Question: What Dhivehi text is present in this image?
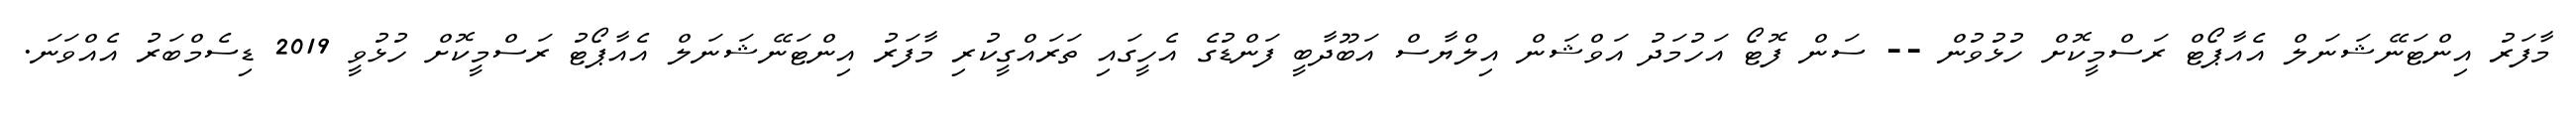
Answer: މާފަރު އިންޓަނޭޝަނަލް އެއާޕޯޓް ރަސްމީކޮށް ހުޅުވުން -- ސަން ފޮޓޯ އަހުމަދު އަވްޝަން އިލްޔާސް އަބޫދާބީ ފަންޑުގެ އެހީގައި ތަރައްގީކުރި މާފަރު އިންޓަނޭޝަނަލް އެއާޕޯޓު ރަސްމީކޮށް ހުޅުވީ 2019 ޑިސެމްބަރު އެއްވަނަ.